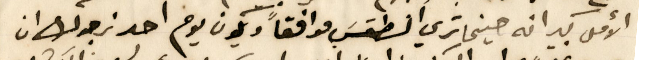
الأمل كبير انه حينما تري الطقسَ موافقاً ويكون يوم احد نرجوك ان